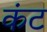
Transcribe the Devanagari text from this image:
कंट